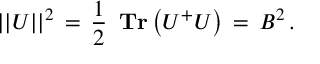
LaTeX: | | U | | ^ { 2 } \, = \, \frac { 1 } { 2 } \, \mathrm { \bf ~ T r } \left( U ^ { + } U \right) \, = \, B ^ { 2 } \, .